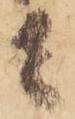
者